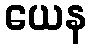
ယေန